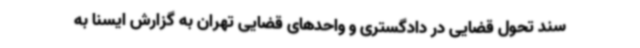
سند تحول قضایی در دادگستری و واحدهای قضایی تهران به گزارش ایسنا به